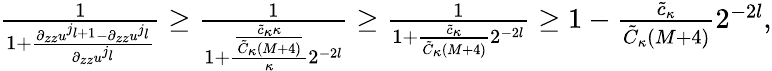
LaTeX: \begin{array}{r}{\frac{1}{1+\frac{\partial_{zz}u^{j_{l+1}}-\partial_{zz}u^{j_{l}}}{\partial_{zz}u^{j_{l}}}}\geq\frac{1}{1+\frac{\frac{\tilde{c}_{\kappa}\kappa}{\tilde{C}_{\kappa}(M+4)}}{\kappa}2^{-2l}}\geq\frac 1{1+\frac{\tilde{c}_{\kappa}}{\tilde{C}_{\kappa}(M+4)}2^{-2l}}\geq 1-\frac{\tilde{c}_{\kappa}}{\tilde{C}_{\kappa}(M+4)}2^{-2l},}\end{array}